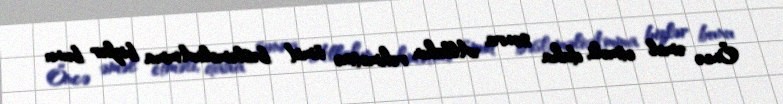
Öncə əməl etməli, daha sonra Allahın rəhmətinə ümid bəsləməliAmma bizlər bunu